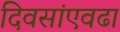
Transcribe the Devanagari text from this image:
दिवसांएवढा